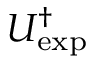
U _ { \exp } ^ { \dagger }